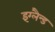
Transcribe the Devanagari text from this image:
इंग्लैन्ड